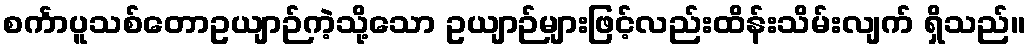
စင်္ကာပူသစ်တောဥယျာဉ်ကဲ့သို့သော ဥယျာဉ်များဖြင့်လည်းထိန်းသိမ်းလျက် ရှိသည်။